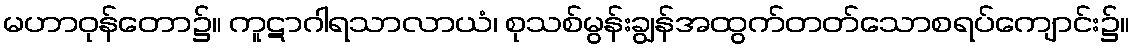
မဟာဝုန်တော၌။ ကူဋာဂါရသာလာယံ၊ စုသစ်မွန်းချွန်အထွက်တတ်သောစရပ်ကျောင်း၌။